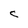
Character: C